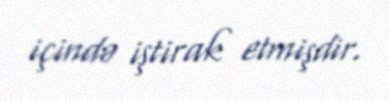
içində iştirak etmişdir.